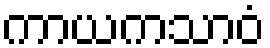
ကာယကသာဝံ